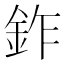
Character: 鈼